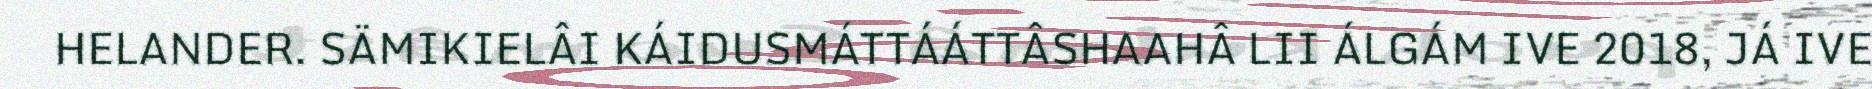
HELANDER. SÄMIKIELÂI KÁIDUSMÁTTÁÁTTÂSHAAHÂ LII ÁLGÁM IVE 2018, JÁ IVE